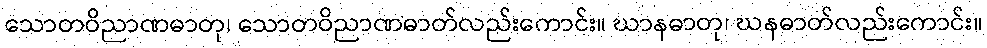
သောတဝိညာဏဓာတု၊ သောတဝိညာဏဓာတ်လည်းကောင်း။ ဃာနဓာတု၊ ဃနဓာတ်လည်းကောင်း။